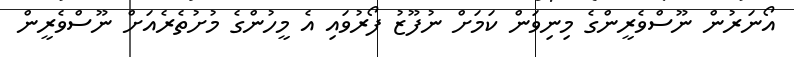
އޯނަރުން ނޫސްވެރީންގެ މިނިވަން ކަމަށް ނުފޫޒު ފޯރުވައި އެ މީހުންގެ މުށުތެރެއަށް ނޫސްވެރީން